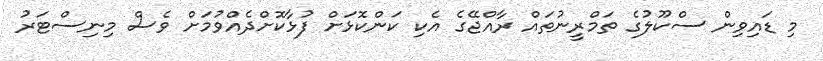
މި ޑައިވިން ސްކޫލުގެ ތަމްރީނުތައް ރާއްޖޭގެ އެކި ކަންކޮޅަށް ފުޅާކޮށްދެއްވުމަށް ވެސް މިނިސްޓަރު